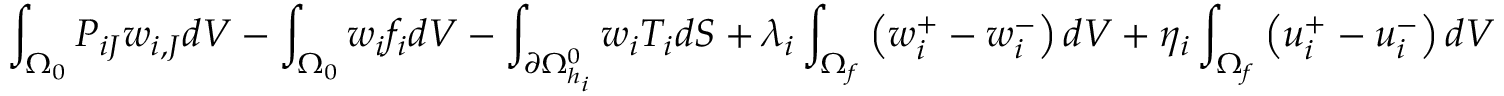
\int _ { \Omega _ { 0 } } P _ { i J } w _ { i , J } d V - \int _ { \Omega _ { 0 } } { w _ { i } f _ { i } } d V - \int _ { \partial \Omega _ { h _ { i } } ^ { 0 } } w _ { i } T _ { i } d S + \lambda _ { i } \int _ { \Omega _ { f } } \left( w _ { i } ^ { + } - w _ { i } ^ { - } \right) d V + \eta _ { i } \int _ { \Omega _ { f } } \left( u _ { i } ^ { + } - u _ { i } ^ { - } \right) d V